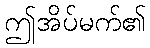
ဤအိပ်မက်၏